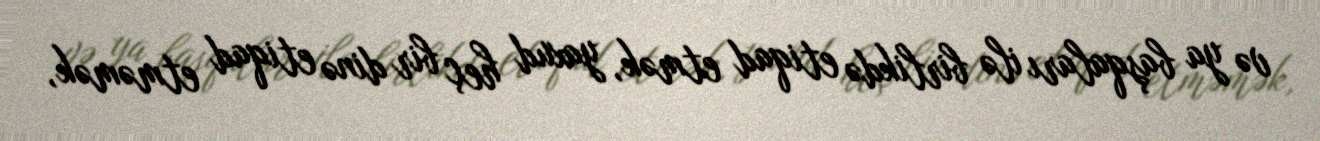
və ya başqaları ilə birlikdə etiqad etmək, yaxud heç bir dinə etiqad etməmək,